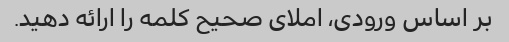
بر اساس ورودی، املای صحیح کلمه را ارائه دهید.